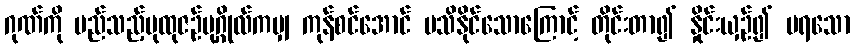
ဂုဏ်ကို မည်သည့်ပုထုဇဉ်ပုဂ္ဂိုလ်ကမျှ ကုန်စင်အောင် မသိနိုင်သောကြောင့် တိုင်းတာ၍ နှိုင်းယှဉ်၍ မရသော